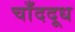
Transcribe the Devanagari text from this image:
चाँददूध